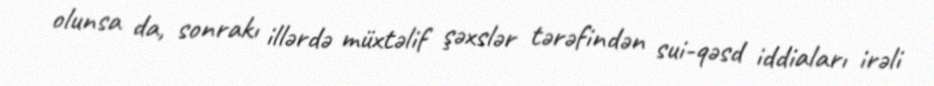
olunsa da, sonrakı illərdə müxtəlif şəxslər tərəfindən sui-qəsd iddiaları irəli